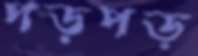
পড়পড়